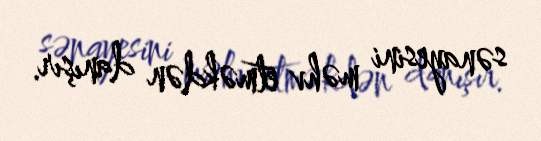
sənayesini məhv etməkdən danışır.